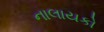
નાલાયકો